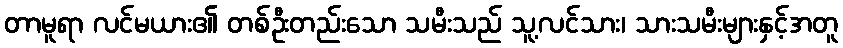
တာမူရာ လင်မယား၏ တစ်ဦးတည်းသော သမီးသည် သူ့လင်သား၊ သားသမီးများနှင့်အတူ